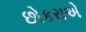
છોકરાએ